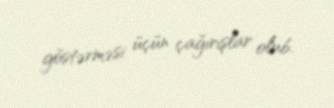
göstərməsi üçün çağırışlar olub.